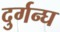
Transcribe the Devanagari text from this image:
दुर्गन्घ